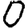
Digit: 0